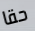
حقا